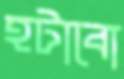
হটাবো